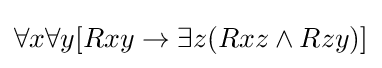
\forall x\forall y[Rxy\rightarrow \exists z(Rxz\land Rzy)]